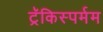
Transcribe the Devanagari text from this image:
ट्रॅकिस्पर्मम